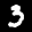
Label: 3